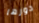
دورها